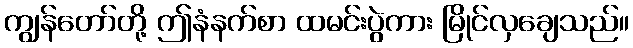
ကျွန်တော်တို့ ဤနံနက်စာ ထမင်းပွဲကား မြိုင်လှချေသည်။